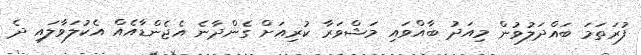
ފުރަަތަމަ ބައްދަލުވުން މިއަދު ބާއްވައި މަޝްވަރާ ކުރިއަށް ގެންދާނެ އެޖެންޑާއެއް އެކުލަވާލައި ދެ